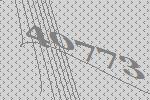
40773